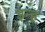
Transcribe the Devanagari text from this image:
इन्ह